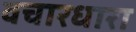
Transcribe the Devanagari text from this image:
वचारधारा